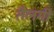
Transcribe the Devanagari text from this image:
तैलगी